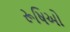
રૂષિઓ